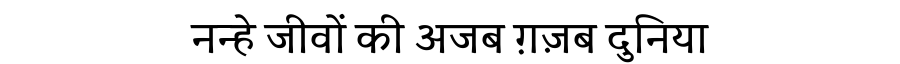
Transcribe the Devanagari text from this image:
नन्हे जीवों की अजब ग़ज़ब दुनिया